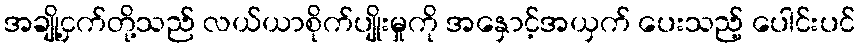
အချို့ငှက်တို့သည် လယ်ယာစိုက်ပျိုးမှုကို အနှောင့်အယှက် ပေးသည့် ပေါင်းပင်